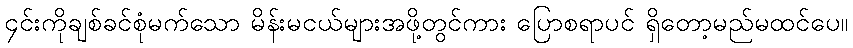
၄င်းကိုချစ်ခင်စုံမက်သော မိန်းမငယ်များအဖို့တွင်ကား ပြောစရာပင် ရှိတော့မည်မထင်ပေ။